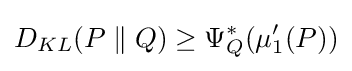
D_{KL}(P\parallel Q)\geq \Psi _{Q}^{*}(\mu '_{1}(P))